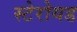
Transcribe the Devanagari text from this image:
स्टेरोयड